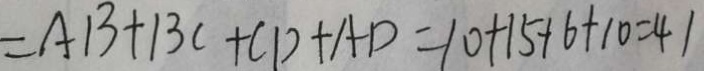
= A B + B C + C D + A D = 1 0 + 1 5 + 6 + 1 0 = 4 1